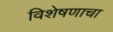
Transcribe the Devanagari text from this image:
विशेषणाचा